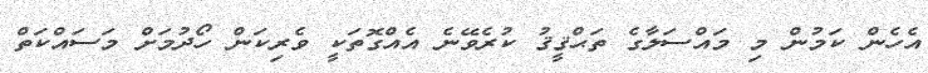
އެހެން ކަމުން މި މައްސަލާގެ ތަޙްޤީޤު ކުރެވޭނެ އެއްގޮތަކީ ވެރިކަން ހޯދުމަށް މަސައްކަތް